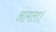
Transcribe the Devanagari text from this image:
आमला।